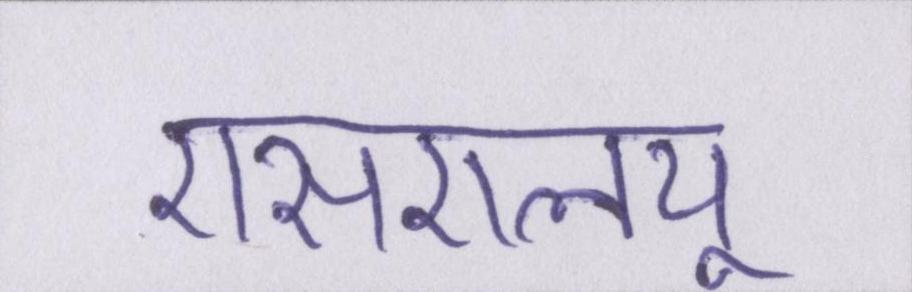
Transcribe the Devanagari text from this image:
एसएलयू